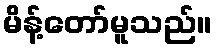
မိန့်တော်မူသည်။